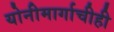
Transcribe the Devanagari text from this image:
योनीमार्गाचीही